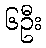
၆ဦး